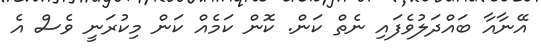
އޭނާއާ ބައްދަލުވެފައި ނެތް ކަން. ކޮން ކަމެއް ކަން މިކުރަނީ ވެސް އެ